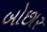
બોછાર